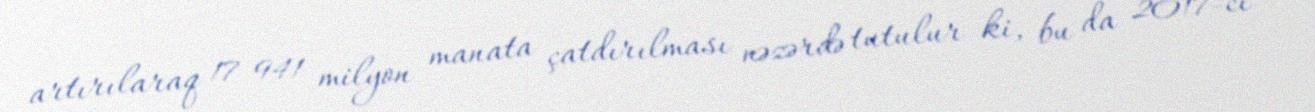
artırılaraq 17 941 milyon manata çatdırılması nəzərdə tutulur ki, bu da 2017-ci